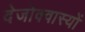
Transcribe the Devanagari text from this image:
देजोक्वास्यों